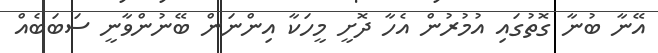
އޭނާ ބުނާ ގޮތުގައި އުމުރުން އެހާ ދޮށީ މީހަކާ އިންނަން ބޭނުންވާނީ ސަބަބެއް